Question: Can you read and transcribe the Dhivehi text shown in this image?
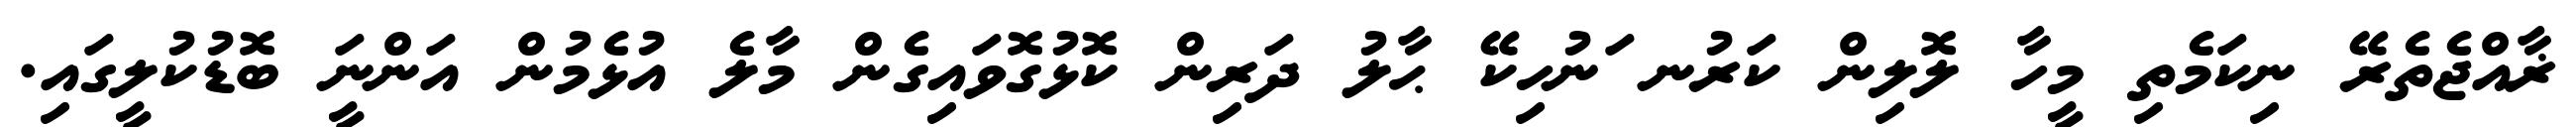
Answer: ޜާއްޖެތެރޭ ނިކަމެތި މީހާ ލޮލިން ކަރުނ ަނުހިކޭ ޙާލު ދަރިން ކޮޅުގޮވައިގެން މާލެ އުޅެމުން އަންނަީ ބޮޑުކުލީގައި.